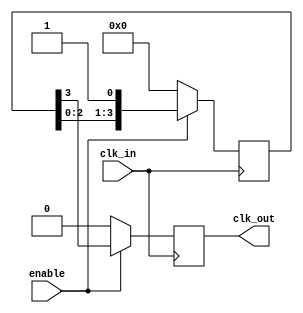
module DelayClockBuffer #(
    parameter DELAY_STAGES = 4  // Number of delay stages
) (
    input wire clk_in,           // Input clock signal
    input wire enable,           // Enable signal
    output reg clk_out           // Output delayed clock signal
);

    // Internal registers for delay stages
    reg [DELAY_STAGES-1:0] delay_line;

    always @(posedge clk_in) begin
        if (enable) begin
            // Shift the clock signal through the delay line
            delay_line <= {delay_line[DELAY_STAGES-2:0], 1'b1}; // Shift in the current clock
            clk_out <= delay_line[DELAY_STAGES-1]; // Output the last stage
        end else begin
            clk_out <= 1'b0; // Hold low when not enabled
            delay_line <= 0; // Clear the delay line
        end
    end

endmodule